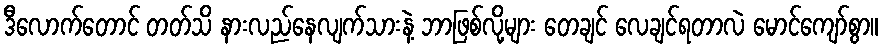
ဒီလောက်တောင် တတ်သိ နားလည်နေလျက်သားနဲ့ ဘာဖြစ်လို့များ တေချင် လေချင်ရတာလဲ မောင်ကျော်စွာ။